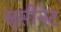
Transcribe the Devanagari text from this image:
सुसीनेट